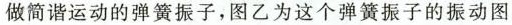
做简谐运动的弹簧振子，图乙为这个弹簧振子的振动图